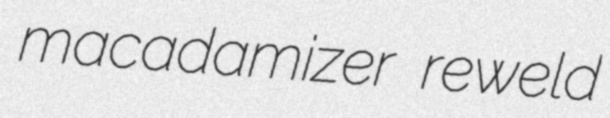
macadamizer reweld